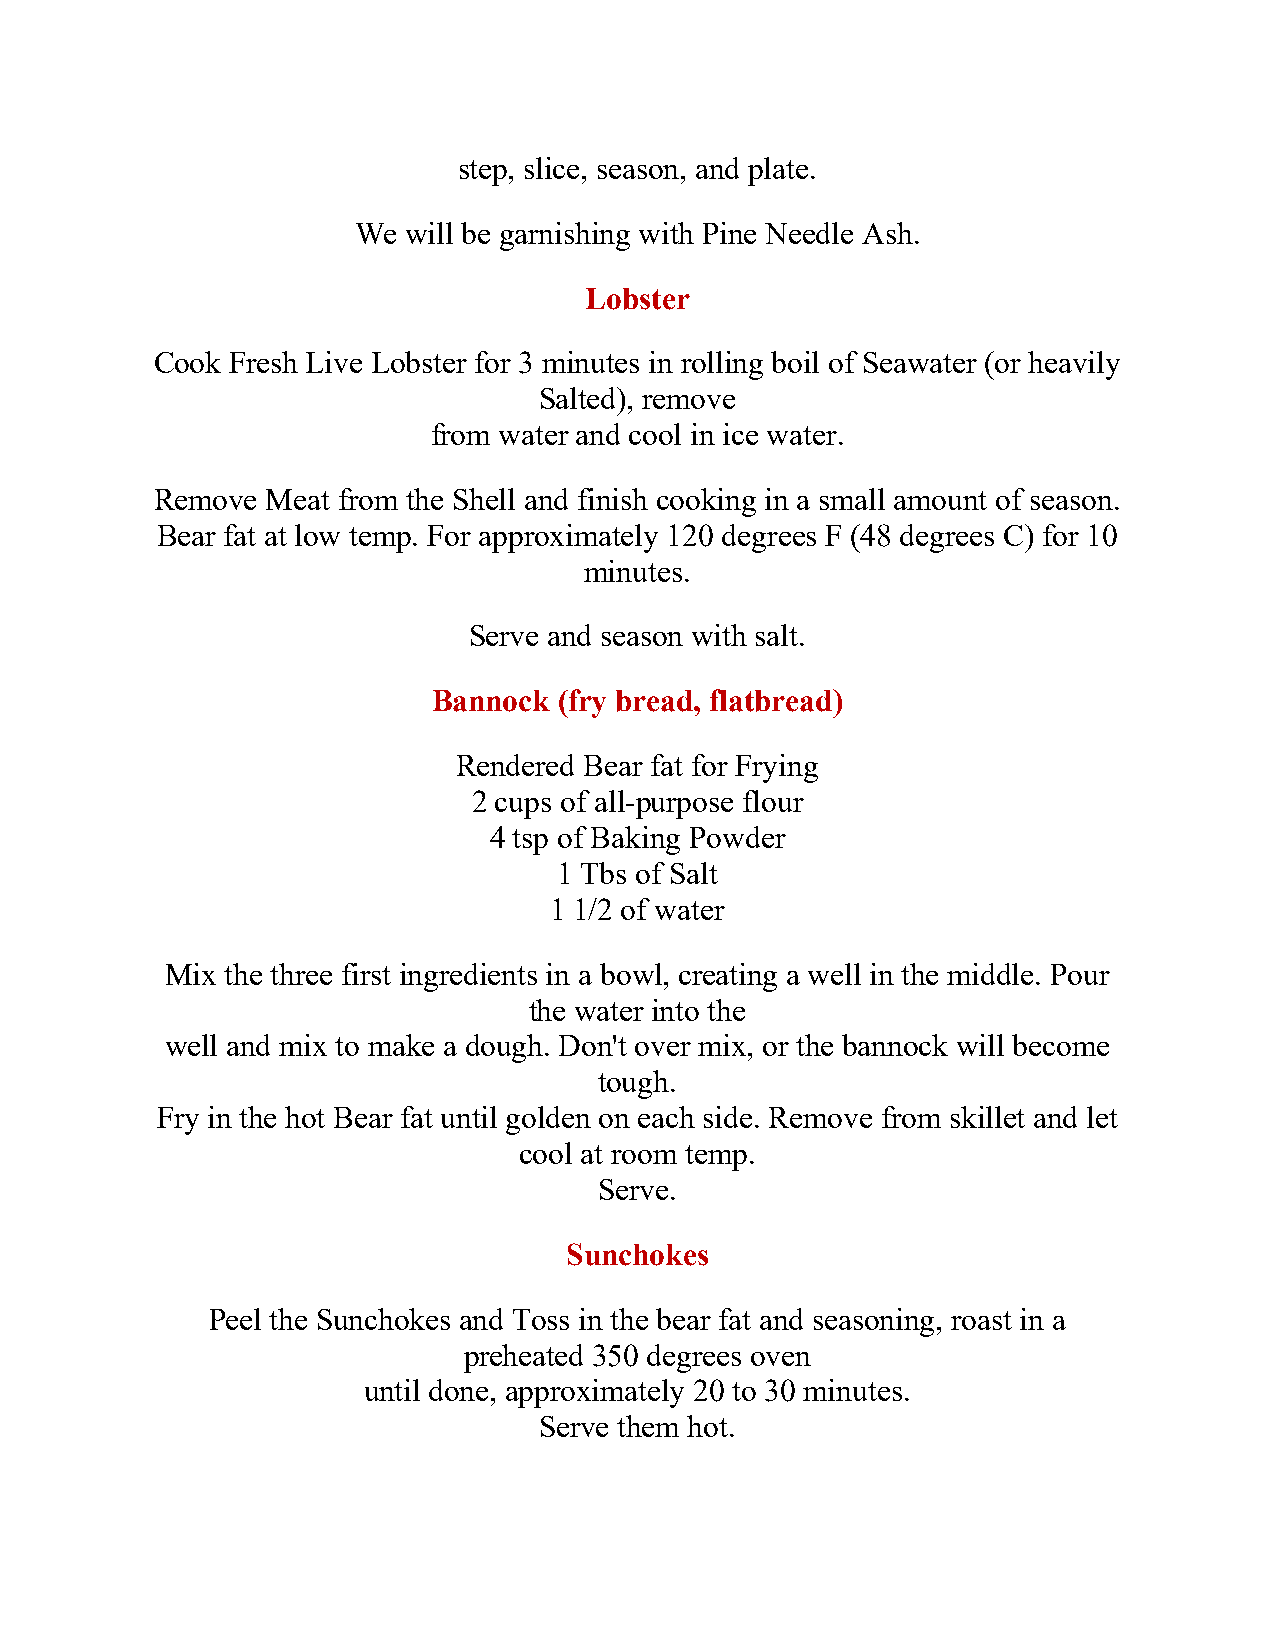
step, slice, season, and plate.
 We  will be garnishing with Pine Needle Ash.
 Lobster
 Cook Fresh Live Lobster for 3 minutes in rolling boil of Seawater (or heavily
 Salted), remove
 from water and cool in ice water.
 Remove  Meat from the Shell and finish cooking in a small amount of season.
 Bear fat at low temp. For approximately 120 degrees F (48 degrees C) for 10
 minutes.
 Serve and season with salt.
 Bannock (fry bread, flatbread)
 Rendered Bear fat for Frying
 2 cups of all-purpose flour
 4 tsp of Baking Powder
 1 Tbs of Salt
 1 1/2 of water
 Mix the three first ingredients in a bowl, creating a well in the middle. Pour
 the water into the
 well and mix to make a dough. Don't over mix, or the bannock will become
 tough.
 Fry in the hot Bear fat until golden on each side. Remove from skillet and let
 cool at room temp.
 Serve.
 Sunchokes
 Peel the Sunchokes and Toss in the bear fat and seasoning, roast in a
 preheated 350 degrees oven
 until done, approximately 20 to 30 minutes.
 Serve them hot.